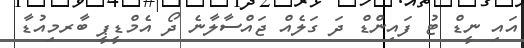
އައި ނީޑް ޓު ފައިންޑް ދަ ގަލެއް ޖައްސާލާނެ ދޯ އެމްޑީޕީ ބާރމިއުޑާ